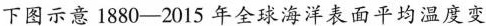
下图示意1880-2015年全球海洋表面平均温度变